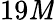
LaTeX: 19\mathit{M}